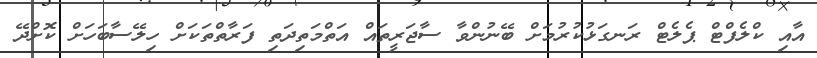
އާއި ކްލެފްޓް ޕެލެޓް ރަނގަޅުކުރުމަށް ބޭނުންވާ ސާޖަރީތައް އަތްމަތިދަތި ފަރާތްތަކަށް ހިލޭސާބަހަށް ކޮށްދޭ